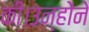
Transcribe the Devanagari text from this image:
की।उन्होंने